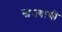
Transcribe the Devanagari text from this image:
स्वज्याची